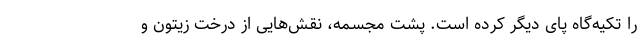
را تکیه‌گاه پای دیگر کرده است. پشت مجسمه، نقش‌هایی از درخت زیتون و